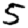
Digit: 5